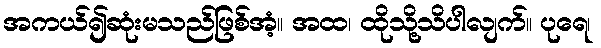
အကယ်၍ဆုံးမသည်ဖြစ်အံ့။ အထ၊ ထိုသို့သိပါလျက်။ ပုရေ၊